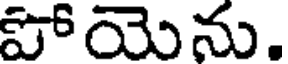
పోయెను.